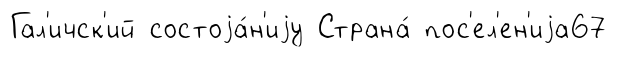
Гал'ичск'ий состоjа́н'иjу Страна́ пос'ел'ен'иjа67